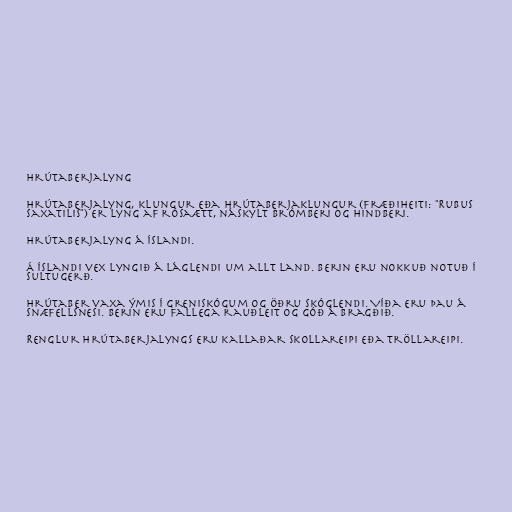
Hrútaberjalyng

Hrútaberjalyng, klungur eða hrútaberjaklungur (fræðiheiti: "Rubus
saxatilis") er lyng af rósaætt, náskylt brómberi og hindberi.

Hrútaberjalyng á Íslandi.

Á Íslandi vex lyngið á láglendi um allt land. Berin eru nokkuð notuð í
sultugerð.

Hrútaber vaxa ýmis í greniskógum og öðru skóglendi. Víða eru þau á
Snæfellsnesi. Berin eru fallega rauðleit og góð á bragðið.

Renglur hrútaberjalyngs eru kallaðar skollareipi eða tröllareipi.